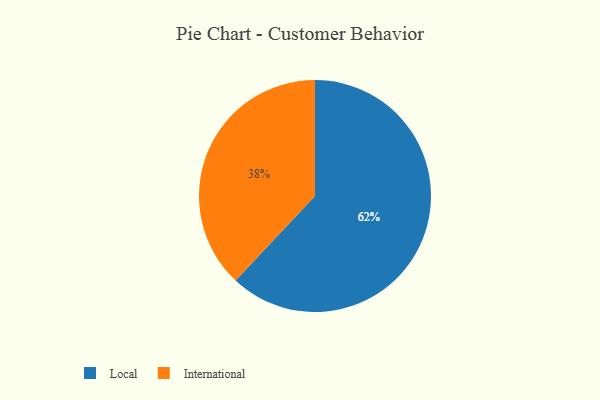
{"axis": {"x": "Category", "y": "Percentage"}, "legend": ["International", "Local"], "data": [{"x": "International", "y": 38, "type": "International"}, {"x": "Local", "y": 62, "type": "Local"}]}